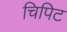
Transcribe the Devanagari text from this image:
चिपिट